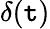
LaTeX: \delta(\mathtt{t})